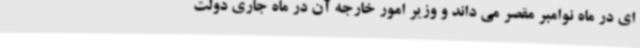
ای در ماه نوامبر مقصر می داند و وزیر امور خارجه آن در ماه جاری دولت